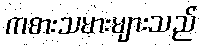
ကစားသမားများသည်